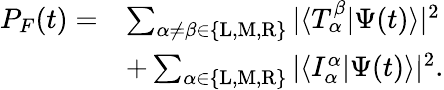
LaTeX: \begin{array}{rl}{P_{F}(t)=}&{\sum_{\alpha\neq\beta\in\{ \mathrm{L},\mathrm{M},\mathrm{R}\} }|\langle T_{\alpha}^{\beta}|\Psi(t)\rangle|^{2}}\\ &{+\sum_{\alpha\in\{ \mathrm{L},\mathrm{M},\mathrm{R}\} }|\langle I_{\alpha}^{\alpha}|\Psi(t)\rangle|^{2}.}\end{array}